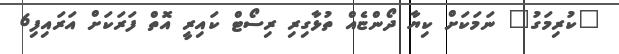
"ކުރިމަގު" ނަމަކަށް ކިޔާ ދޯންޏެއް ތުޅާގިރި ރިސޯޓް ކައިރީ އޮތް ފަރަކަށް އަރައިފި6